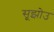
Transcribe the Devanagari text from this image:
सूझोउ